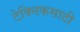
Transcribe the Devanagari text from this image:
टेक्निकसाठी